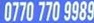
0770 770 9989